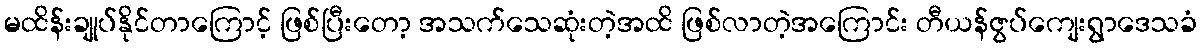
မထိန်းချုပ်နိုင်တာကြောင့် ဖြစ်ပြီးတော့ အသက်သေဆုံးတဲ့အထိ ဖြစ်လာတဲ့အကြောင်း တီယန်ဇွပ်ကျေးရွာဒေသခံ